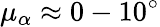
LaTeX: \mu_{\alpha}\approx 0-10^{\circ}